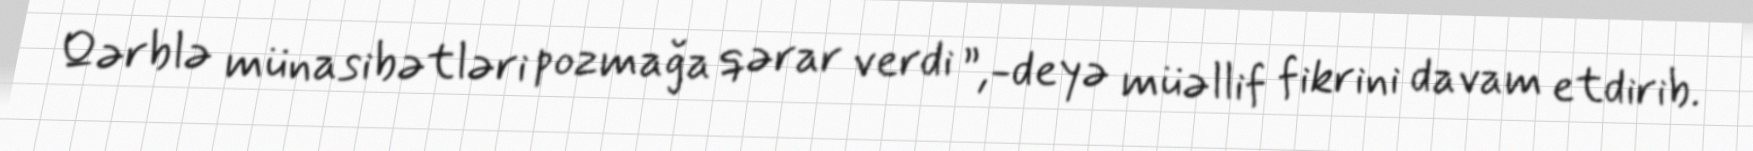
Qərblə münasibətləri pozmağa qərar verdi ”,-deyə müəllif fikrini davam etdirib.